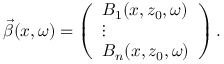
\vec { \beta } ( x , \omega ) = \left( \begin{array} { l } { B _ { 1 } ( x , z _ { 0 } , \omega ) } \\ { \vdots } \\ { B _ { n } ( x , z _ { 0 } , \omega ) } \end{array} \right) .